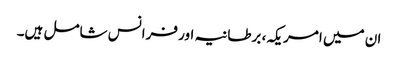
ان میں امریکہ، برطانیہ اور فرانس شامل ہیں۔